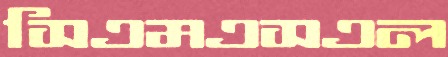
সিএমএসএল